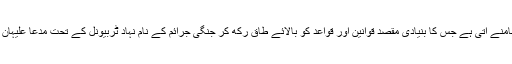
ان سے ایک ایسی پالیسی واضح طور پر سامنے آتی ہے جس کا بنیادی مقصد قوانین اور قواعد کو بالائے طاق رکھ کر جنگی جرائم کے نام نہاد ٹربیونل کے تحت مدعا علیہان کو پہلے سے طے شدہ سزا سنا دی جائے۔